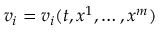
v _ { i } = v _ { i } ( t , x ^ { 1 } , \ldots , x ^ { m } )